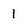
Character: 1